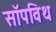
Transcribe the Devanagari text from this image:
सॉपविथ